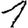
Digit: 1